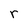
Character: r